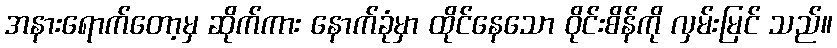
အနားရောက်တော့မှ ဆိုက်ကား နောက်ခုံမှာ ထိုင်နေသော ဝိုင်းစိန်ကို လှမ်းမြင် သည်။